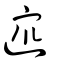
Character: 𨖙